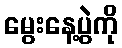
မွေးနေ့ပွဲကို